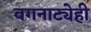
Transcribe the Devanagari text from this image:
वगनाट्येही